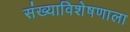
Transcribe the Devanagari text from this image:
संख्याविशेषणाला